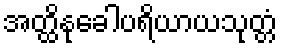
အတ္ထိနုခေါပရိယာယသုတ္တံ